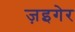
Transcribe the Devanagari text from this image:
ज़इगेर